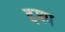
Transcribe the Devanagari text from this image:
द्दश्य